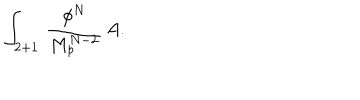
\int _ { 2 + 1 } \, { \frac { \phi ^ { N } } { M _ { p } ^ { N - 2 } } } \, A .